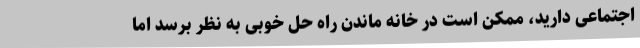
اجتماعی دارید، ممکن است در خانه ماندن راه حل خوبی به نظر برسد اما